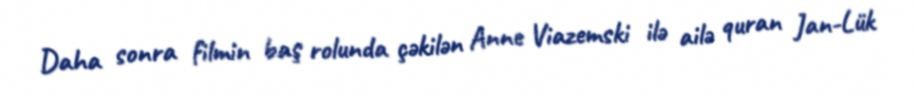
Daha sonra filmin baş rolunda çəkilən Anne Viazemski ilə ailə quran Jan-Lük